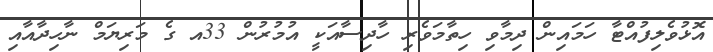
އޮޅުވެލިފުއްޓާ ހަމައިން ދިމާވި ހިތާމަވެރި ހާދިސާއަކީ އުމުރުން 33އ ގެ މަރިޔަމް ނާހިދާއާއި